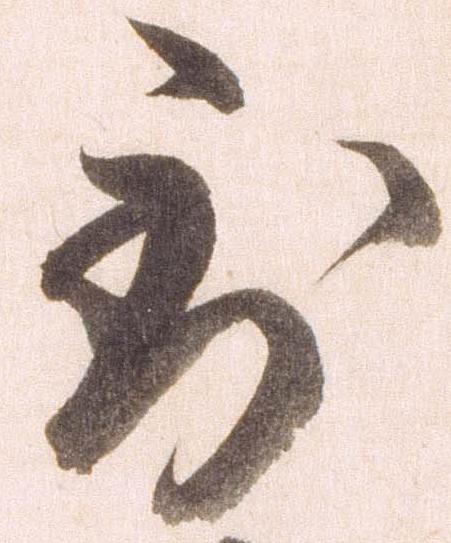
到